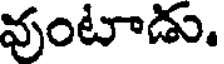
వుంటాడు.